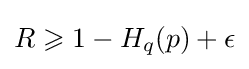
R\geqslant 1-H_{q}(p)+\epsilon